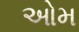
ઓમ